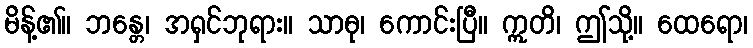
မိန့်၏။ ဘန္တေ၊ အရှင်ဘုရား။ သာဓု၊ ကောင်းပြီ။ ဣတိ၊ ဤသို့။ ထေရော၊